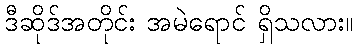
ဒီဆိုဒ်အတိုင်း အမဲရောင် ရှိသလား။